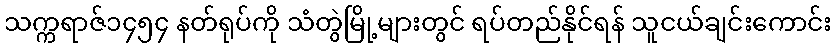
သက္ကရာဇ်၁၄၅၄ နတ်ရုပ်ကို သံတွဲမြို့များတွင် ရပ်တည်နိုင်ရန် သူငယ်ချင်းကောင်း